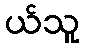
ယ်သူ